Burma Government Medical School reports 1923-41
Year: 1923
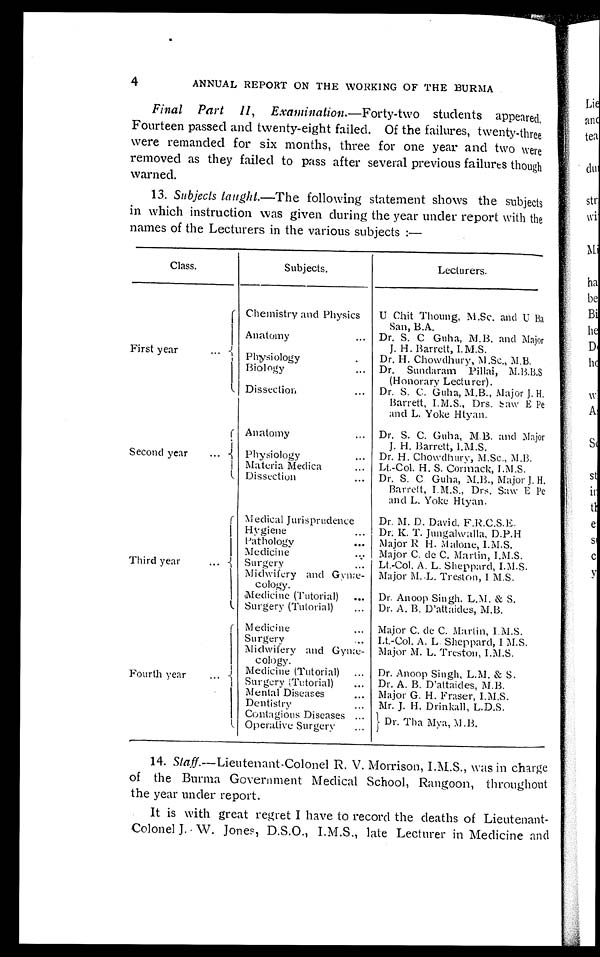
4
ANNUAL REPORT ON THE WORKING OF THE BURMA
Final Part II, Examination.— F o r t y - t w o
s t u d e n t s a p p e a r e d .
Fourteen passed and twenty-eight failed. Of the failures, twenty-three
were remanded for six months, three for one year and two were
removed as they failed to pass after several previous failures though
warned.
13. Subjects taught .—The following statement shows the subjects
in which instruction was given during the year under report with the
names of the Lecturers in the various subjects :—
Class.
Subjects.
Lecturers.
F i r s t y e a r . . .
Chemistry and Physics
U Chit Thoung, M.Sc. and U Ba
San, B.A.
Anatomy . . .
Dr. S. C Guha, M.B. and Major
J. H. Barrett, I.M.S.
Physiology . . .
Dr. H. Chowdhury, M.Sc., M.B.
Biology . . . Dr. Sundaram Pillai, M.B.B.S
(Honorary Lecturer).
Dissection . . . Dr. S. C. Guha, M.B., Major J. H.
Barrett, I.M.S., Drs. Saw E Pe
and L. Yoke Htyan.
S e c o n d y e a r . . .
Anatomy . . . Dr. S. C. Guha, M.B. and Major
J. H. Barrett, I.M.S.
Physiology . . . Dr. H. Chowdhury, M.Sc., M.B.
Materia Medica . . . Lt.-Col. H. S. Cormack, I.M.S.
Dissection . . . Dr. S. C. Guha, M.B., Major J. H.
Barrett, I.M.S., Drs. Saw E Pe
and L. Yoke Htyan.
Third year . . .
Medical Jurisprudence
Dr. M. D. David. F.R.C.S.E.
Hygiene . . . Dr. K. T. Jungalwalla, D.P.H
Pathology . . . Major R H. Malone, I.M.S.
Medicine . . . Major C. de C. Martin, I.M.S.
Surgery . . . Lt.-Col. A. L. Sheppard, I.M.S.
Midwifery and Gvnæ-
cology.
Major M.L. Treston, I. M.S.
Medicine (Tutorial) . . . Dr. Anoop Singh. L.M. & S.
Surgery (Tutorial) . . . Dr. A. B. D'attaides, M.B.
F o u r t h y e a r . . . Medicine . . . Major C. de C. Martin, I.M.S.
Surgery . . . I.t.-Col. A. L. Sheppard, I M.S.
Midwifery and Gynæ-
cology.
Major M. L. Treston, I.M.S.
Medicine (Tutorial) . . . Dr. Anoop Singh, L.M. & S.
Surgery (Tutorial) . . . Dr. A. B. D'attaides, M.B.
Mental Diseases . . . Major G. H. Fraser, I.M.S.
Dentistry . . . Mr. J. H. Drinkall, L.D.S.
Contagious Diseases . . .
Dr. Tha Mya, M .B.
O p e r a t i v e S u r g e r y . . .
14. Staff—Lieutenant-Colonel R. V. Morrison, I.M.S., was in charge
of the Burma Government Medical School, Rangoon, throughout
the year under report.
It is with great regret I have to record the deaths of Lieutenant
- C o l o n e l J . W . J o n e s , D . S . O . , I . M . S . , l a t e L e c t u r e r i n M e d i c i n e a n d